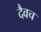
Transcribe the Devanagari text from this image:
दैवच